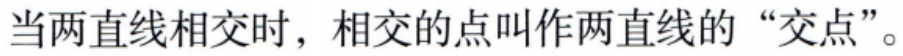
当两直线相交时，相交的点叫作两直线的“交点”。